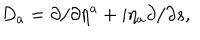
D _ { a } = \partial / \partial \eta ^ { a } + i \eta _ { a } \partial / { \partial s } ,